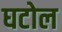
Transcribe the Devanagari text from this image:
घटोल